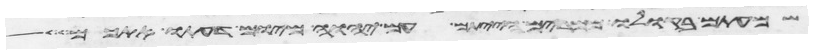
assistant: שמעתם בקולו ממרים הייתם עם יהוה מיום דעתו אתכם